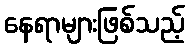
နေရာများဖြစ်သည့်